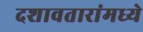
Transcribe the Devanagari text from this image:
दशावतारांमध्ये